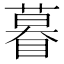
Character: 𬑤